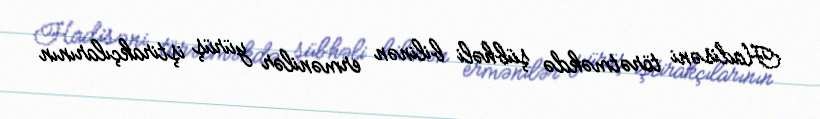
Hadisəni törətməkdə şübhəli bilinən ermənilər yürüş iştirakçılarının